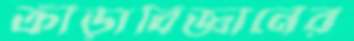
ক্রীড়াবিজ্ঞানের